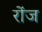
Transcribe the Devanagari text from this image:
रोंज